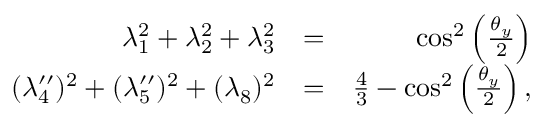
\begin{array} { r l r } { \lambda _ { 1 } ^ { 2 } + \lambda _ { 2 } ^ { 2 } + \lambda _ { 3 } ^ { 2 } } & { = } & { \cos ^ { 2 } \left( \frac { \theta _ { y } } { 2 } \right) } \\ { ( \lambda _ { 4 } ^ { \prime \prime } ) ^ { 2 } + ( \lambda _ { 5 } ^ { \prime \prime } ) ^ { 2 } + ( \lambda _ { 8 } ) ^ { 2 } } & { = } & { \frac { 4 } { 3 } - \cos ^ { 2 } \left( \frac { \theta _ { y } } { 2 } \right) , } \end{array}